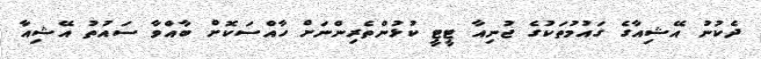
ދެކުނު އޭޝިއާގެ ގައުމުތަކުގެ ޖުނިއާ ޓީޓީ ކުޅުންތެރިންނަށް ހާއްސަކޮށް ބާއްވާ ސައުތު އޭޝިއާ